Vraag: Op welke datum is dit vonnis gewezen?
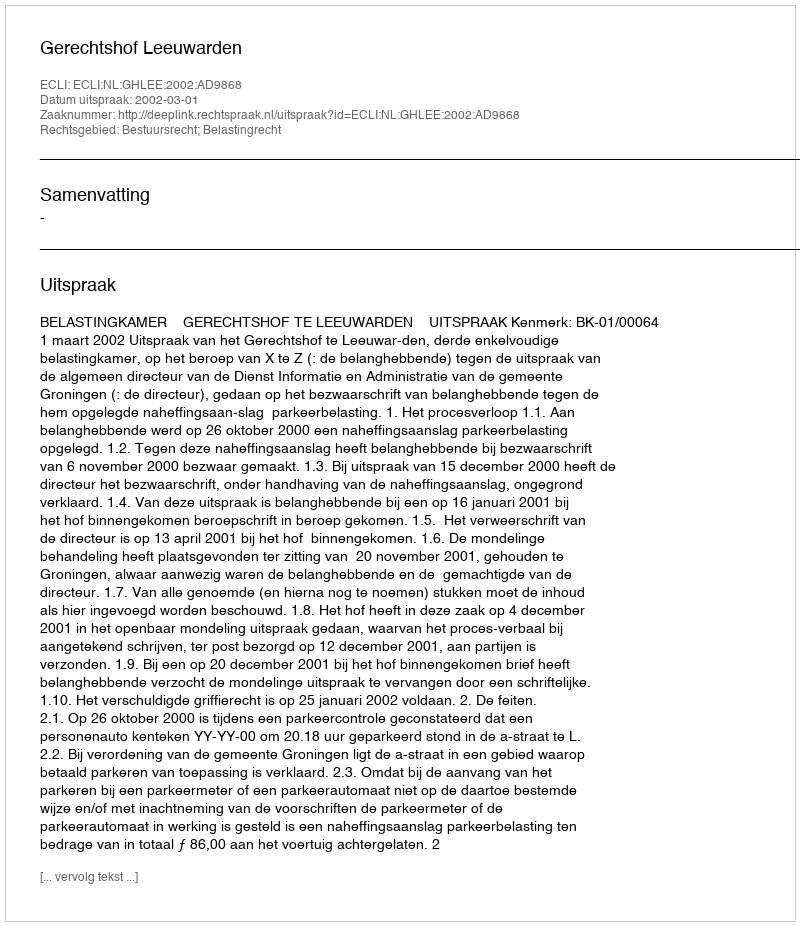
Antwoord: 2002-03-01